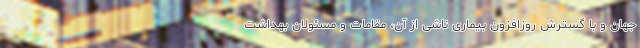
جهان و با گسترش روزافزون بیماری ناشی از آن، مقامات و مسئولان بهداشت